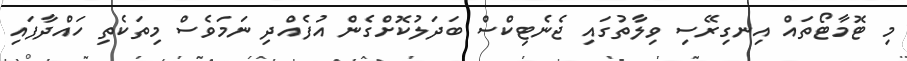
މި ޓޮމާޓޯތައް އިނގިރޭސި ވިލާތުގައި ޖެނެޓިކްސް ބަދަލުކޮށްގެން އުފެއްދި ނަމަވެސް މިތަކެތި ހައްދާފައި